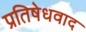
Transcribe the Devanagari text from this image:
प्रतिषेधवाद